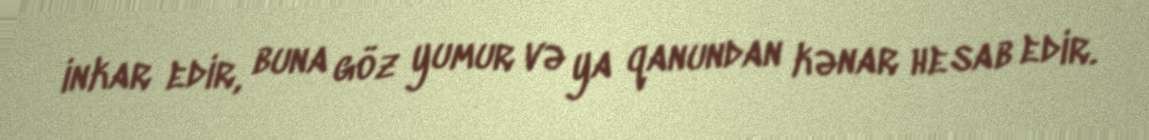
inkar edir, buna göz yumur və ya qanundan kənar hesab edir.